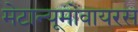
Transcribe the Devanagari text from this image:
मेटान्यूमोवायरस